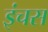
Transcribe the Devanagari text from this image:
इंचस